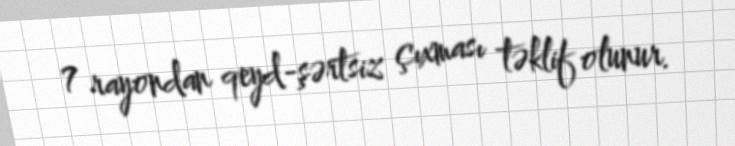
7 rayondan qeyd-şərtsiz çıxması təklif olunur.